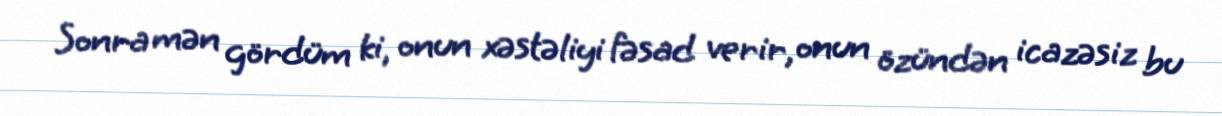
Sonra mən gördüm ki, onun xəstəliyi fəsad verir, onun özündən icazəsiz bu